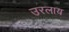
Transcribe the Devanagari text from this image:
उरलाय